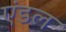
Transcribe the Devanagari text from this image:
एंडल